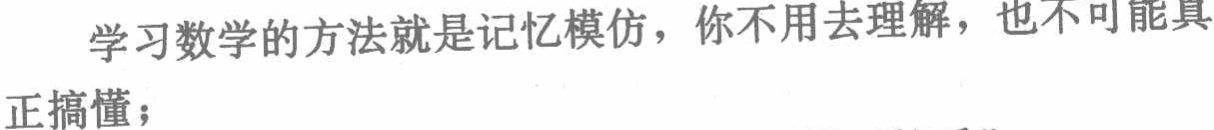
学习数学的方法就是记忆模仿，你不用去理解，也不可能具

正搞懂；